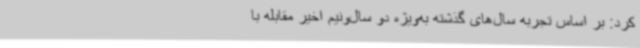
کرد: بر اساس تجربه سال‌های گذشته به‌ویژه دو سال‌ونیم اخیر مقابله با